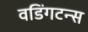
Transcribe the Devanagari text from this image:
वडिंगटन्स